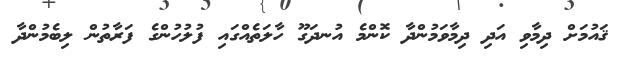
ޤައުމަށް ދިމާވި އަދި ދިމާވަމުންދާ ކޮންމެ އުނދަގޫ ހާލަތެއްގައި ފުލުހުންގެ ފަރާތުން ލިބެމުންދާ